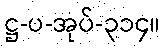
ဋ္ဌ-ပ-အုပ်-၃၁၄။